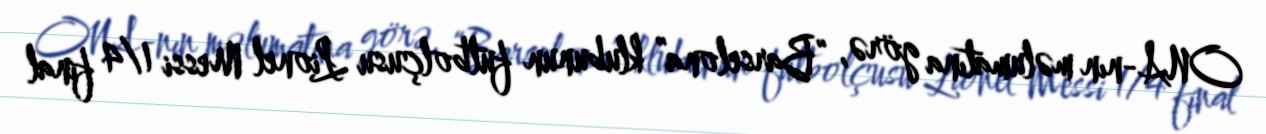
ONA-nın məlumatına görə, “Barselona” klubunun futbolçusu Lionel Messi 1/4 final